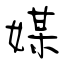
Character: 媒